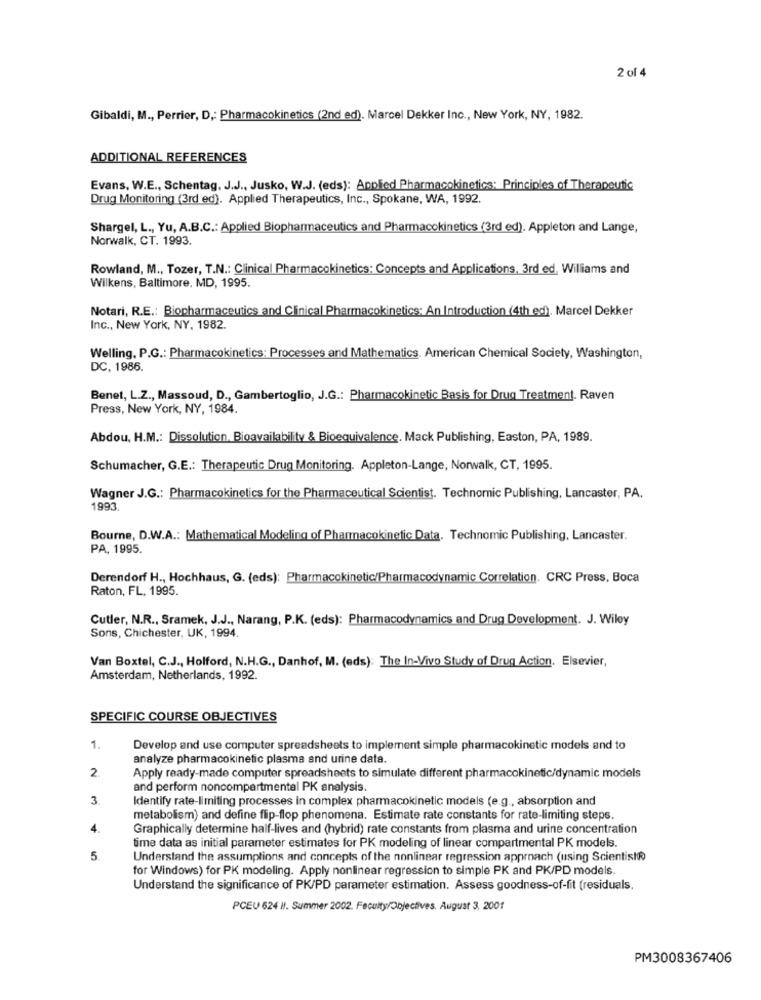
2 of 4
Gibaldi, M ., Perrier, D ,: Pharmacokinetics (2nd ed). Marcel Dekker Inc ., New York, NY, 1982.
ADDITIONAL REFERENCES
Evans, W.E ., Schentag, J.J ., Jusko, W.J. (eds): Applied Pharmacokinetics: Principles of Therapeutic
Drug Monitoring (3rd ed). Applied Therapeutics, Inc ., Spokane, WA, 1992.
Shargel, L ., Yu, A.B.C .: Applied Biopharmaceutics and Pharmacokinetics (3rd ed). Appleton and Lange,
Norwalk, CT. 1993.
Rowland, M ., Tozer, T.N .: Clinical Pharmacokinetics: Concepts and Applications, 3rd ed. Williams and
Wilkens, Baltimore, MD, 1995.
Notari, R.E .: Biopharmaceutics and Clinical Pharmacokinetics: An Introduction (4th ed). Marcel Dekker
Inc ., New York, NY, 1982.
Welling, P.G .: Pharmacokinetics: Processes and Mathematics. American Chemical Society, Washington,
DC. 1986.
Benet, L.Z ., Massoud, D ., Gambertoglio, J.G .: Pharmacokinetic Basis for Drug Treatment. Raven
Press, New York, NY, 1984.
Abdou, H.M .: Dissolution. Bioavailability & Bioequivalence. Mack Publishing, Easton, PA, 1989.
Schumacher, G.E .: Therapeutic Drug Monitoring. Appleton-Lange, Norwalk, CT, 1995.
Wagner J.G .: Pharmacokinetics for the Pharmaceutical Scientist. Technomic Publishing, Lancaster, PA.
1993.
Bourne, D.W.A .: Mathematical Modeling of Pharmacokinetic Data. Technomic Publishing, Lancaster.
PA, 1995.
Derendorf H ., Hochhaus, G. (eds): Pharmacokinetic/Pharmacodynamic Correlation. CRC Press, Boca
Raton, FL, 1995.
Cutler, N.R ., Sramek, J.J ., Narang, P.K. (eds): Pharmacodynamics and Drug Development. J. Wiley
Sons, Chichester, UK, 1994.
Van Boxtel, C.J ., Holford, N.H.G ., Danhof, M. (eds): The In-Vivo Study of Drug Action. Elsevier,
Amsterdam, Netherlands, 1992.
SPECIFIC COURSE OBJECTIVES
1.
Develop and use computer spreadsheets to implement simple pharmacokinetic models and to
analyze pharmacokinetic plasma and urine data.
2.
Apply ready-made computer spreadsheets to simulate different pharmacokinetic/dynamic models
and perform noncompartmental PK analysis.
3
Identify rate-limiting processes in complex pharmacokinetic models (e.g ., absorption and
metabolism) and define flip-flop phenomena. Estimate rate constants for rate-limiting steps.
4.
Graphically determine half-lives and (hybrid) rate constants from plasma and urine concentration
time data as initial parameter estimates for PK modeling of linear compartmental PK models.
5.
Understand the assumptions and concepts of the nonlinear regression approach (using Scientist®
for Windows) for PK modeling. Apply nonlinear regression to simple PK and PK/PD models.
Understand the significance of PK/PD parameter estimation. Assess goodness-of-fit (residuals.
PCEU 624 H. Summer 2002. Faculty/Objectives. August 3, 2001
PM3008367406